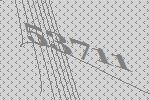
53711